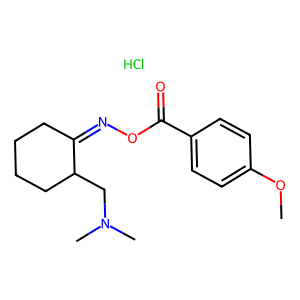
SMILES: COc1ccc(C(=O)ON=C2CCCCC2CN(C)C)cc1.Cl
Inhibits HIV replication: No